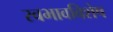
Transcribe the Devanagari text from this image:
स्वभावविशेष